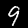
Label: 9